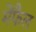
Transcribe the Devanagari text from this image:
मेंफैल